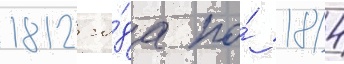
1812 го́да по́ 1814